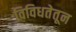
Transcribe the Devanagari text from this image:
विविधतेतून